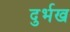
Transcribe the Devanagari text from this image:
दुर्भख